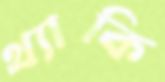
থ্যাকি